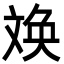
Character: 㪱